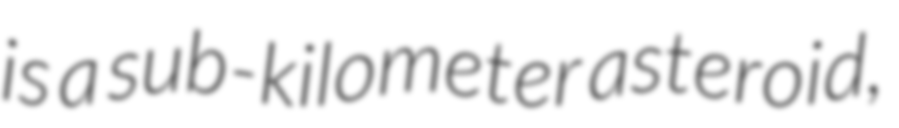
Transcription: is a sub-kilometer asteroid,